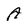
Character: A